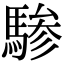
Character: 𬳯